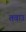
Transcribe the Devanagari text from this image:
तवाउ